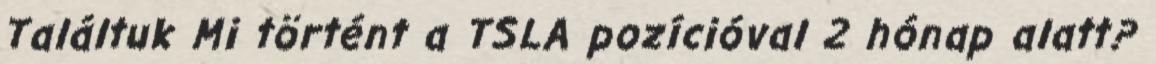
Találtuk Mi történt a TSLA pozícióval 2 hónap alatt?